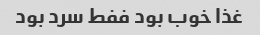
غذا خوب بود ففط سرد بود